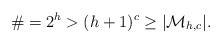
LaTeX: \begin{align*}\# = 2^h > (h+1)^c \geq |\mathcal{M}_{h, c}|.\end{align*}